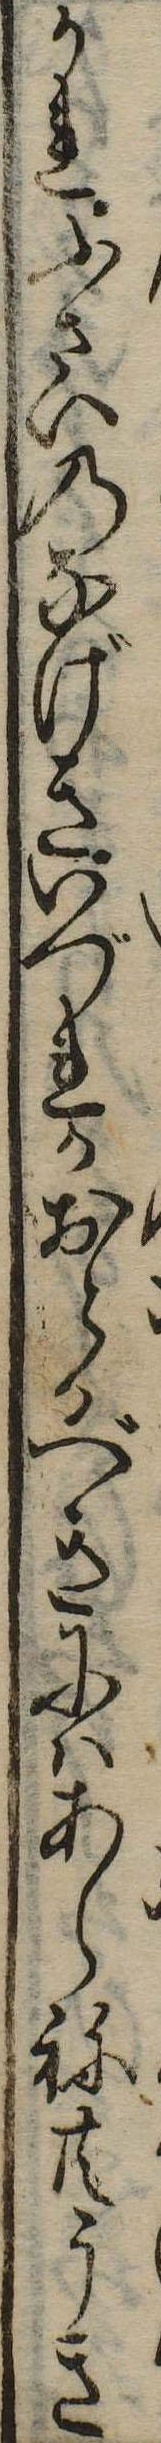
かれふさいのなげきいづれかおとるべきにはあらね共うき